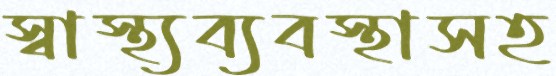
স্বাস্থ্যব্যবস্থাসহ